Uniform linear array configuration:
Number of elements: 16
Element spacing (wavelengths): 0.5
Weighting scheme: uniform
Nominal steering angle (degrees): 45
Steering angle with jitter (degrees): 44.773
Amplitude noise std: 0.05
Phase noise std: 0.05

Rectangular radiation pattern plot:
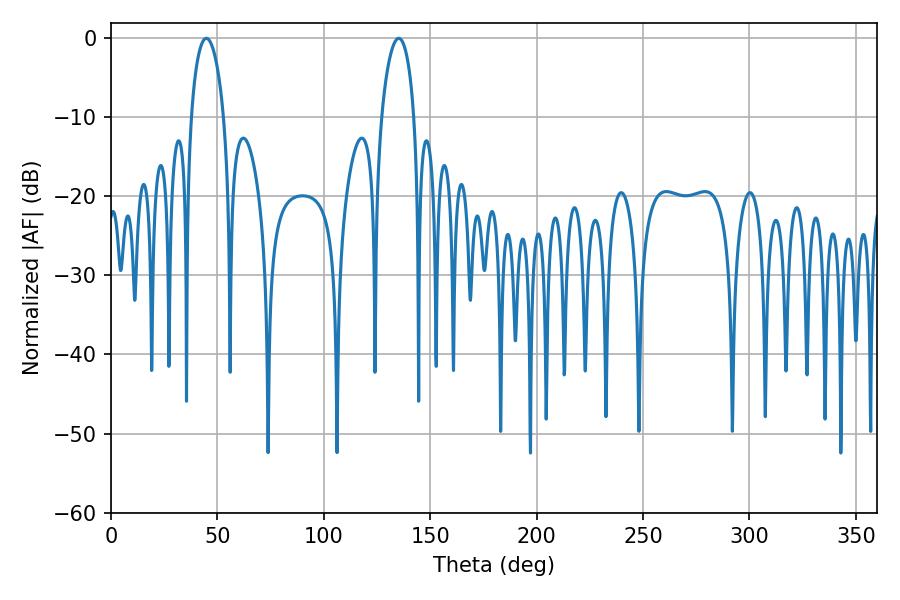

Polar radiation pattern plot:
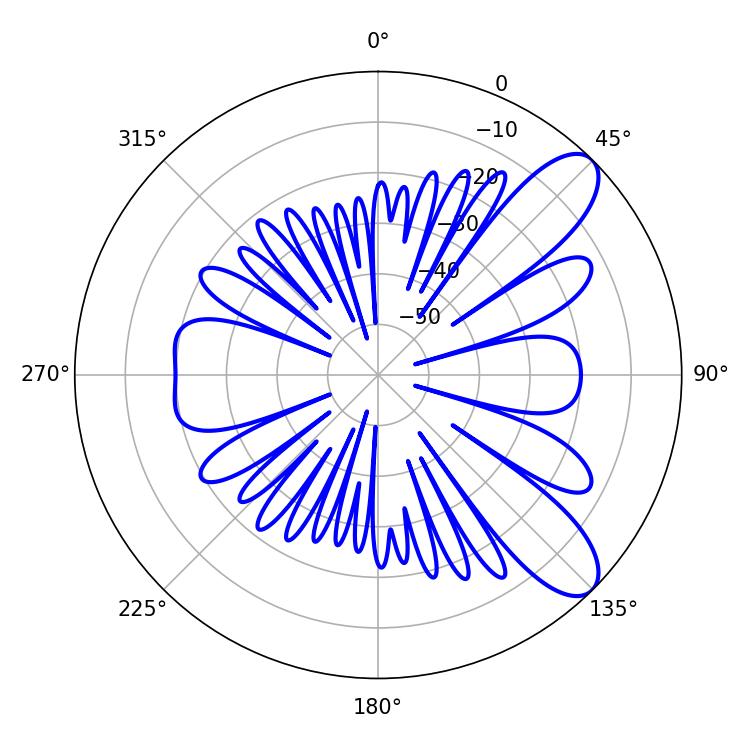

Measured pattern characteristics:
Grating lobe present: FALSE
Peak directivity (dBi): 9.241
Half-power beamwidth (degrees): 8.82
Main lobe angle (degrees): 44.82